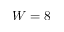
W = 8